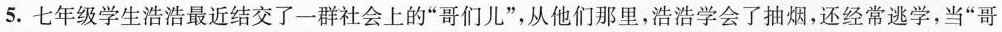
5.七年级学生浩浩最近结交了一群社会上的”哥们儿”，从他们那里，浩浩学会了抽烟，还经常逃学，当”哥